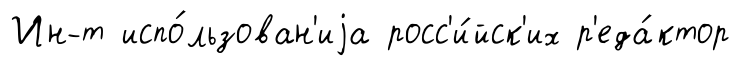
Ин-т испо́льзован'иjа росс'и́йск'их р'еда́ктор